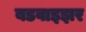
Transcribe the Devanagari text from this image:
बडवाइझर